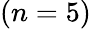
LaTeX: (n=5)